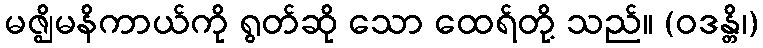
မဇ္ဈိမနိကာယ်ကို ရွတ်ဆို သော ထေရ်တို့ သည်။ (ဝဒန္တိ၊)